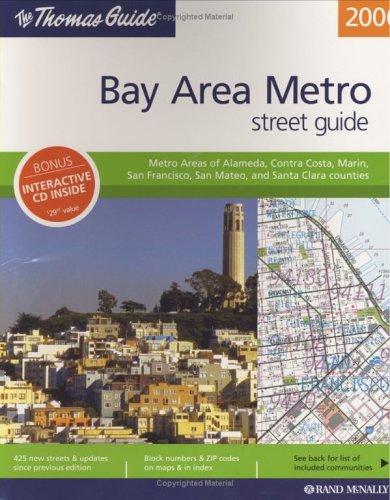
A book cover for The Thomas Guide 2006 Bay Area Metropolitan, California: Metro Areas of Alameda, Contra Costa, Marin, San Francisco, San Mateo, and Santa Clara Counties (Metro Bay Area Street Guide); Travel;